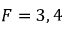
F = 3 , 4